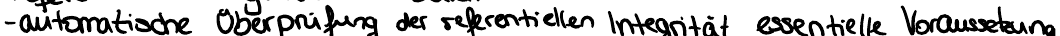
- automatische Überprüfung der referentiellen Integrität essentielle Voraussetzung